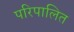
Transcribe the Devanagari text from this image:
परिपालित